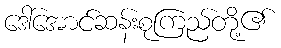
ဒေါ်အောင်ဆန်းစုကြည်တို့၏